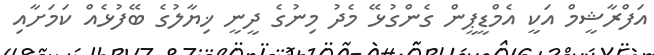
އަފްރާޝީމް އަކީ އެމްޑީޕީން ގެންގުޅޭ މެދު މިނުގެ ދީނީ ޚިޔާލުގެ ބޭފުޅެއް ކަމަށާއި